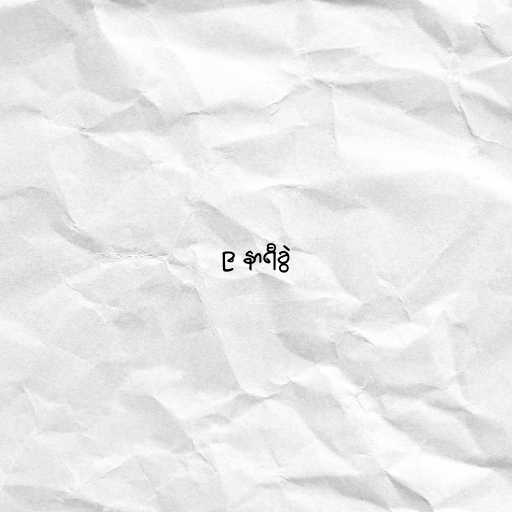
၉ နာရီခွဲ